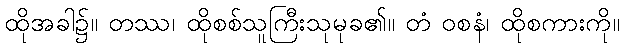
ထိုအခါ၌။ တဿ၊ ထိုစစ်သူကြီးသုမုခ၏။ တံ ဝစနံ၊ ထိုစကားကို။